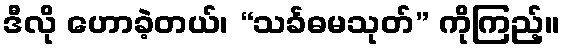
ဒီလို ဟောခဲ့တယ်၊ “သင်္ခဓမသုတ်” ကိုကြည့်။